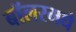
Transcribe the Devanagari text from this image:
बॉलरमधे